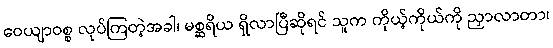
ဝေယျာဝစ္စ လုပ်ကြတဲ့အခါ၊ မစ္ဆရိယ ရှိလာပြီဆိုရင် သူက ကိုယ့်ကိုယ်ကို ညှာလာတာ၊